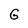
Character: G